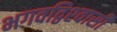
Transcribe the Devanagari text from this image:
भगवद्विश्‍वासी